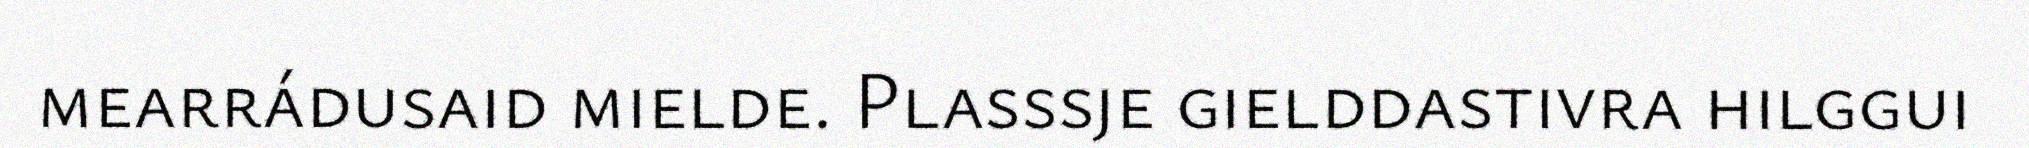
mearrádusaid mielde. Plasssje gielddastivra hilggui